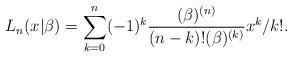
LaTeX: \begin{align*}L_{n}(x|\beta )=\sum_{k=0}^{n}(-1)^{k}\frac{(\beta )^{(n)}}{(n-k)!(\beta)^{(k)}}x^{k}/k!. \end{align*}